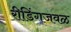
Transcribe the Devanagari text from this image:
रीडिंगजवळ